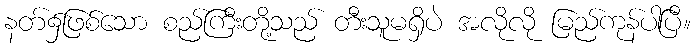
နတ်၌ဖြစ်သော စည်ကြီးတို့သည် တီးသူမရှိပဲ အလိုလို မြည်ကုန်ပါပြီ။